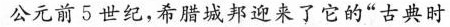
公元前5世纪，希腊城邦迎来了它的”古典时